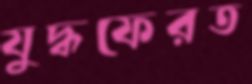
যুদ্ধফেরত